Vaccination North-Western Provinces 1866-1877 - 1866-1877
Year: 1866
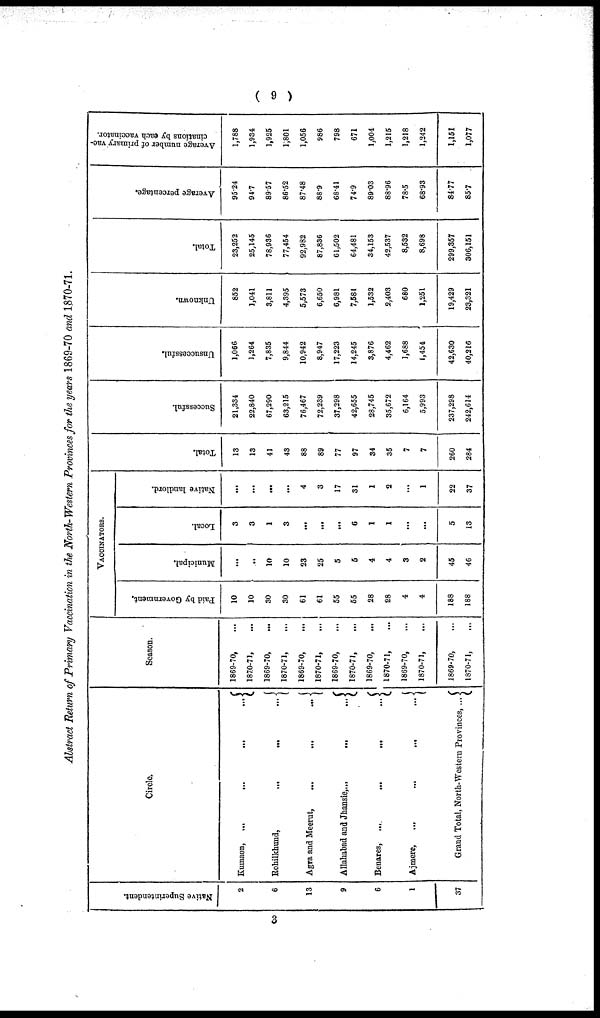
( 9 )
Abstract Return of Primary Vaccination in the North-Western Provinces for the years 1869-70 and 1870-71.
Native Superintendent.
2
6
13
9
6
1
37
Circle.
Kumaon, ...
...
...
...
Rohilkhund,
...
...
...
Agra and Meerut,
...
...
...
Allahabad and Jhansie,...
...
...
Benares, ... ...
... ...
Ajmere,
...
...
...
...
Grand Total, North-Western Provinces, ...
Season
1869-70, ...
1870-71, ...
1869-70, ...
1870-71, ...
1869-70, ...
1870-71, ...
1869-70, ...
1870-71, ...
1869-70,
...
1870-71, ...
1869-70, ...
1870-71, ...
1869-70, ...
1870-71, ...
VACCINATORS.
Paid by Government.
10
10
30
30
61
61
55
55
28
28
4
4
188
188
Municipal.
...
..
10
10
23
25
5
5
4
4
3
2
45
46
Local.
3
3
1
3
...
...
...
6
1
1
...
...
5
13
Native landlord.
...
...
...
...
4
3
17
31
1
2
...
1
22
37
Total.
13
13
41
43
88
89
77
97
34
35
7
7
260
284
Successful.
21,334
22,840
67,290
63,215
76,467
72,239
37,298
42,655
28,745
35,672
6,164
5,993
237,298
242,614
Unsuccessful.
1,066
1,264
7,835
9,844
10,942
8,947
17,223
14,245
3,876
4,462
1,688
1,454
42,630
40,216
Unknown.
852
1,041
3,811
4,395
5,573
6,650
6,981
7,581
1,532
2,403
680
1,251
19,429
23,321
Total.
23,252
25,145
78,936
77,454
92,982
87,836
61,502
64,481
34,153
42,537
8,532
8,698
299,357
306,151
Average percentage.
95.24
94.7
89.57
86.52
87.48
88.9
68.41
74.9
89.03
88.96
78.5
68.93
84.77
85.7
Average number of primary vac-
cinations by each vaccinator.
1,788
1,934
1,925
1,801
1,056
986
798
671
1,004
1,215
1,218
1,242
1,151
1,077
3